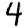
Digit: 4